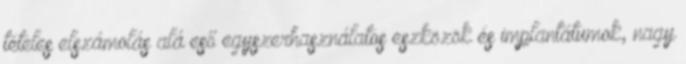
tételes elszámolás alá eső egyszerhasználatos eszközök és implantátumok, nagy